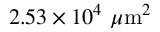
2 . 5 3 \times 1 0 ^ { 4 } ~ \mu \mathrm { m } ^ { 2 }